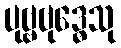
ပုဗ္ဗဗုဒ္ဓေသု